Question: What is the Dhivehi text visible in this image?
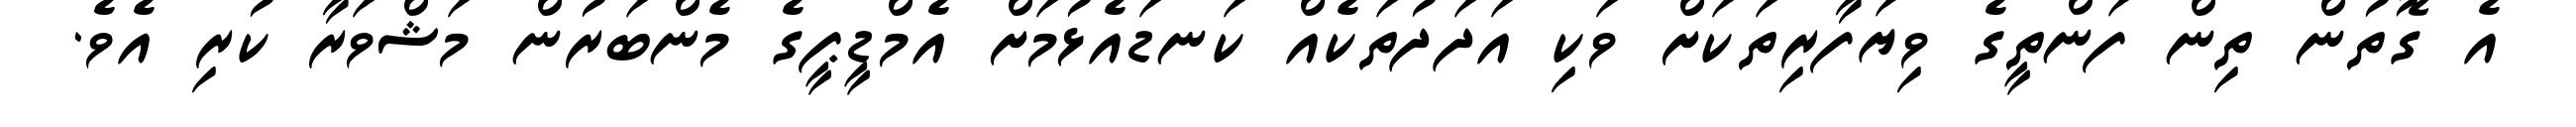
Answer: އެ ގޮތުން ތިން ފަންތީގެ ވިޔަފާރިތަކަށް ވަކި އަދަދުތަކެއް ކަނޑައެޅުމަށް އެމްޑީޕީގެ މެންބަރުން މަޝްވަރާ ކުރި އެވެ.